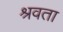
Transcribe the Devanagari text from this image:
श्रवता